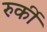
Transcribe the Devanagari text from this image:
रुर्की